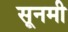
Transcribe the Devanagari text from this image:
सूनमी